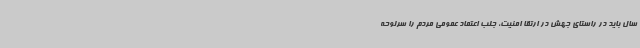
سال باید در راستای جهش در ارتقا امنیت، جلب اعتماد عمومی مردم را سرلوحه